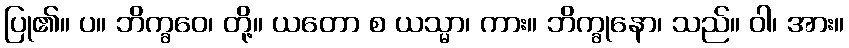
ပြု၏။ ပ။ ဘိက္ခဝေ၊ တို့။ ယတော စ ယသ္မာ၊ ကား။ ဘိက္ခုနော၊ သည်။ ဝါ၊ အား။